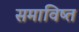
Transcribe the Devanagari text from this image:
समाविष्त